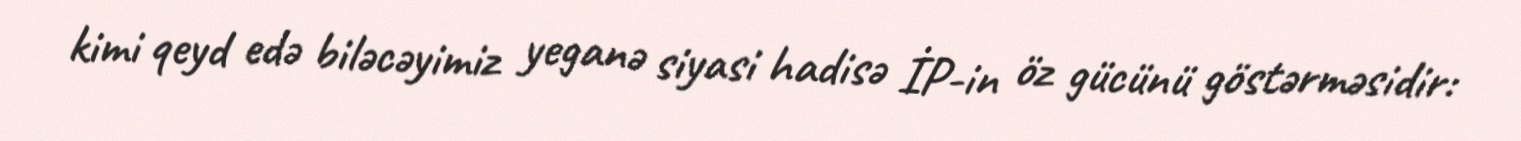
kimi qeyd edə biləcəyimiz yeganə siyasi hadisə İP-in öz gücünü göstərməsidir: